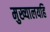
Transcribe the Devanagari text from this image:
मुख्यालयहि